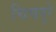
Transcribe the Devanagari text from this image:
चिंचपुरे